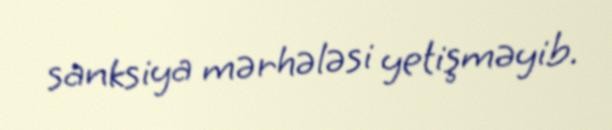
sanksiya mərhələsi yetişməyib.